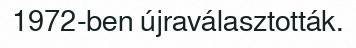
1972-ben újraválasztották.